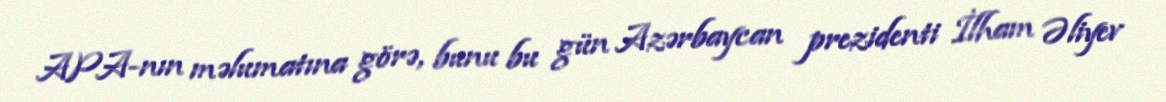
APA-nın məlumatına görə, bunu bu gün Azərbaycan prezidenti İlham Əliyev